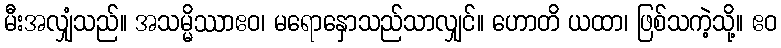
မီးအလျှံသည်။ အသမ္မိဿာဧဝ၊ မရောနှောသည်သာလျှင်။ ဟောတိ ယထာ၊ ဖြစ်သကဲ့သို့။ ဧဝ